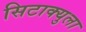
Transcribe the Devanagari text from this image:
सिटाक्युला